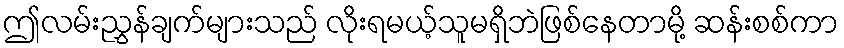
ဤလမ်းညွှန်ချက်များသည် လိုးရမယ့်သူမရှိဘဲဖြစ်နေတာမို့ ဆန်းစစ်ကာ